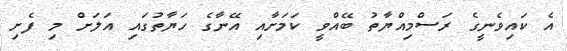
އެ ކައިވެނީގެ ރަސްމިއްޔާތު ބޭއްވީ ކަމަށާއި އޭނާގެ ހަޔާތުގައި އަލަށް މި ފެށި